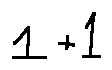
1 + 1